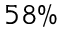
5 8 \%